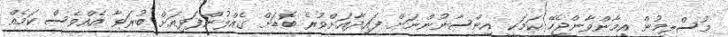
މުސްލިމުން އީމާންވާންޖެހޭ ކަމަކީ އިންސާނުންނަށް ފައިދާއަށްވުރެ ބޮޑަށް ގެއްލުންފަޅިއަށް ބުރަވާ އެއްވެސް ކަމެއް